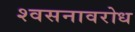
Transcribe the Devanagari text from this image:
श्वसनावरोध